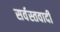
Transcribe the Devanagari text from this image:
सर्वस्तवादी